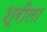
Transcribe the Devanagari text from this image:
श्रीला